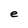
Character: e